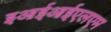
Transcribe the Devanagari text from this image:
इआईआईएलएम